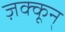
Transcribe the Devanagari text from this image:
ज़क्कून्